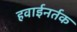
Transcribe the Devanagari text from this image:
हवाईनर्तक